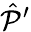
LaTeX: {\hat{\mathcal{P}}}^{\prime}